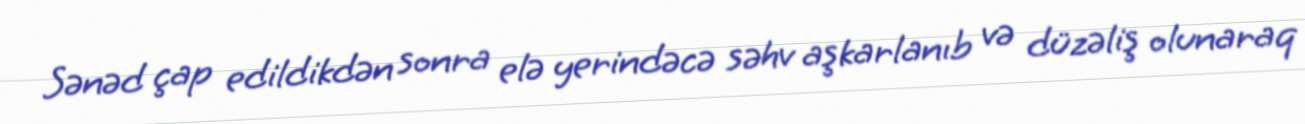
Sənəd çap edildikdən sonra elə yerindəcə səhv aşkarlanıb və düzəliş olunaraq